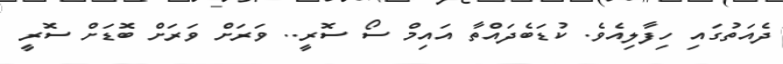
ދެއަތުގައި ހިފާލިއެވެ. ކުޑަބެދައްތާ އައިމް ސޯ ސޮރީ.. ވަރަށް ވަރަށް ބޮޑަށް ސޮރީ